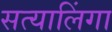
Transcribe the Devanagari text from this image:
सत्यालिंगा